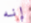
إنه